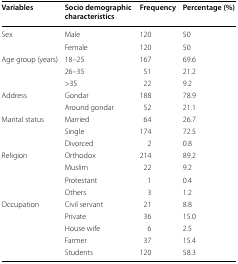
<table><thead><tr><td><b>Variables</b></td><td><b>Socio demographic characteristics</b></td><td><b>Frequency</b></td><td><b>Percentage (%)</b></td></tr></thead><tbody><tr><td rowspan="2">Sex</td><td>Male</td><td>120</td><td>50</td></tr><tr><td>Female</td><td>120</td><td>50</td></tr><tr><td rowspan="3">Age group (years)</td><td>18–25</td><td>167</td><td>69.6</td></tr><tr><td>26–35</td><td>51</td><td>21.2</td></tr><tr><td>&gt;35</td><td>22</td><td>9.2</td></tr><tr><td rowspan="2">Address</td><td>Gondar</td><td>188</td><td>78.9</td></tr><tr><td>Around gondar</td><td>52</td><td>21.1</td></tr><tr><td rowspan="3">Marital status</td><td>Married</td><td>64</td><td>26.7</td></tr><tr><td>Single</td><td>174</td><td>72.5</td></tr><tr><td>Divorced</td><td>2</td><td>0.8</td></tr><tr><td rowspan="4">Religion</td><td>Orthodox</td><td>214</td><td>89.2</td></tr><tr><td>Muslim</td><td>22</td><td>9.2</td></tr><tr><td>Protestant</td><td>1</td><td>0.4</td></tr><tr><td>Others</td><td>3</td><td>1.2</td></tr><tr><td rowspan="5">Occupation</td><td>Civil servant</td><td>21</td><td>8.8</td></tr><tr><td>Private</td><td>36</td><td>15.0</td></tr><tr><td>House wife</td><td>6</td><td>2.5</td></tr><tr><td>Farmer</td><td>37</td><td>15.4</td></tr><tr><td>Students</td><td>120</td><td>58.3</td></tr></tbody></table>